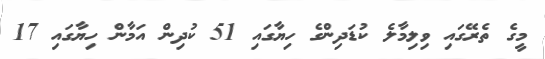
މީގެ ތެރޭގައި ވިލިމާލެ ކުޑަދިންގެ ހިޔާގައި 51 ކުދިން އަމާން ހިޔާގައި 17